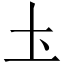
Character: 圡